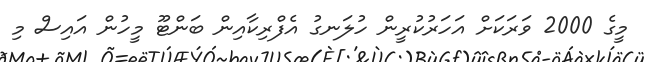
މީގެ 2000 ވަރަކަށް އަހަރުކުރީން ހުލަނގު އެފްރިކާއިން ބަންޓޫ މީހުން އައިސް މި